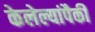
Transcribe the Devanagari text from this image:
केलेल्यांपैकी